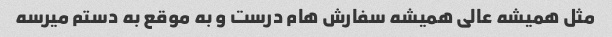
مثل همیشه عالی همیشه سفارش هام درست و به موقع به دستم میرسه